system: You are a helpful assistant.
user:
Analyze the provided spectrum to determine if it is a **"Cataclysmic Variables (CV)"**.

- **Key Indicators for CV (Check for either state):**
    - **State 1: Quiescent / Low-State (Emission-Dominated)**
        - **(Primary):** Strong and *very broad* Hydrogen Balmer emission lines (e.g., $H\alpha$ at 6563 Å, $H\beta$ at 4861 Å). The 'broadness' (high velocity dispersion, often FWHM > 1000 km/s) is the key diagnostic, indicating a high-velocity accretion disk.
        - **(Secondary):** Broad neutral Helium (He I) emission lines (e.g., 5876 Å, 6678 Å).
        - **(Key Confirmation):** Presence of high-excitation *ionized* Helium (He II) emission at 4686 Å. This is a strong indicator of accretion onto a white dwarf.
        - **(Line Profile):** Emission lines may exhibit a 'double-peaked' profile, which is a classic signature of a rotating accretion disk viewed at high inclination.

    - **State 2: Outburst / High-State (Absorption-Dominated)**
        - **(Primary):** Spectrum is dominated by a bright, blue continuum (looks like a hot star).
        - **(Secondary):** The emission lines from State 1 are weak, absent, or 'filled in', and are replaced by broad, shallow *absorption* lines (primarily Balmer and He I).
        - **(Morphology):** The overall spectrum mimics a hot B/A-type star. The crucial difference is that the absorption lines are significantly broader, shallower, and more 'washed-out' (or 'smeared') than the sharp lines of a normal stellar photosphere, due to high rotational speeds and pressure broadening in the disk.

Think first, call **spectral_visualization_tool** if needed to examine features in detail, then provide your final answer. Your response must adhere to the following strict rules:
1.  **Overall Structure:** Your response must follow the format `<think>...</think> <tool_call>...</tool_call> (if a tool is used) <answer>...</answer>`.
2.  **Tool Usage Constraint:** You may only make **one** tool call per turn.
3.  **Final Answer Format:** In the `<answer>` tag, your conclusion must be inside a `\boxed{}` command (e.g., `\boxed{YES}`), followed by your justification.

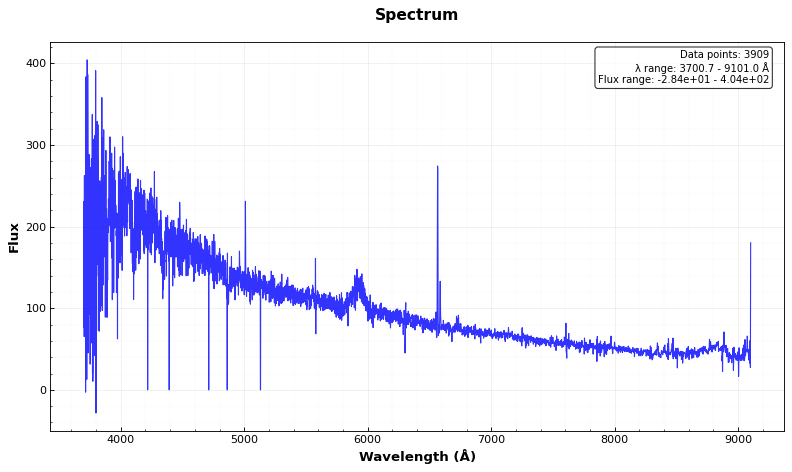
Answer: NO